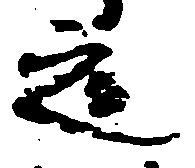
之